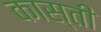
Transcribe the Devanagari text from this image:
कास्ती